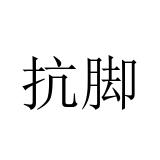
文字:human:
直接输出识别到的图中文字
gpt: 抗脚